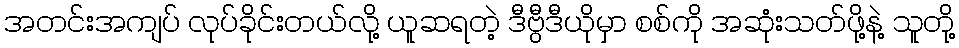
အတင်းအကျပ် လုပ်ခိုင်းတယ်လို့ ယူဆရတဲ့ ဒီဗွီဒီယိုမှာ စစ်ကို အဆုံးသတ်ဖို့နဲ့ သူတို့